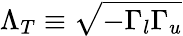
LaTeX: \Lambda_{T}\equiv\sqrt{-\Gamma_{l}\Gamma_{u}}